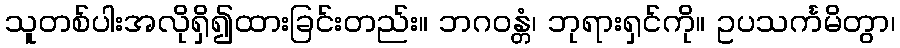
သူတစ်ပါးအလိုရှိ၍ထားခြင်းတည်း။ ဘဂဝန္တံ၊ ဘုရားရှင်ကို။ ဥပသင်္ကမိတွာ၊